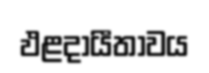
ඵළදායීතාවය